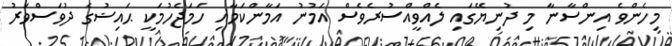
މިހެންވެ އިންސާނާ މި ދުނިޔޭގައި ލެއްވީއްސުރެވެސް އަމުނު އަމާންކަމާއި ހަމަޖެހުމަކީ ޙައިޟުގެ ދުވަސްވަރު